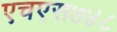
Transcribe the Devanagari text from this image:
एचएस७४८